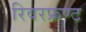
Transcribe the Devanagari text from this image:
रिवरफ्रण्ट